65_HS1-834228961_62-HQ-83894_Section_4
Agency: FBI
Page 88
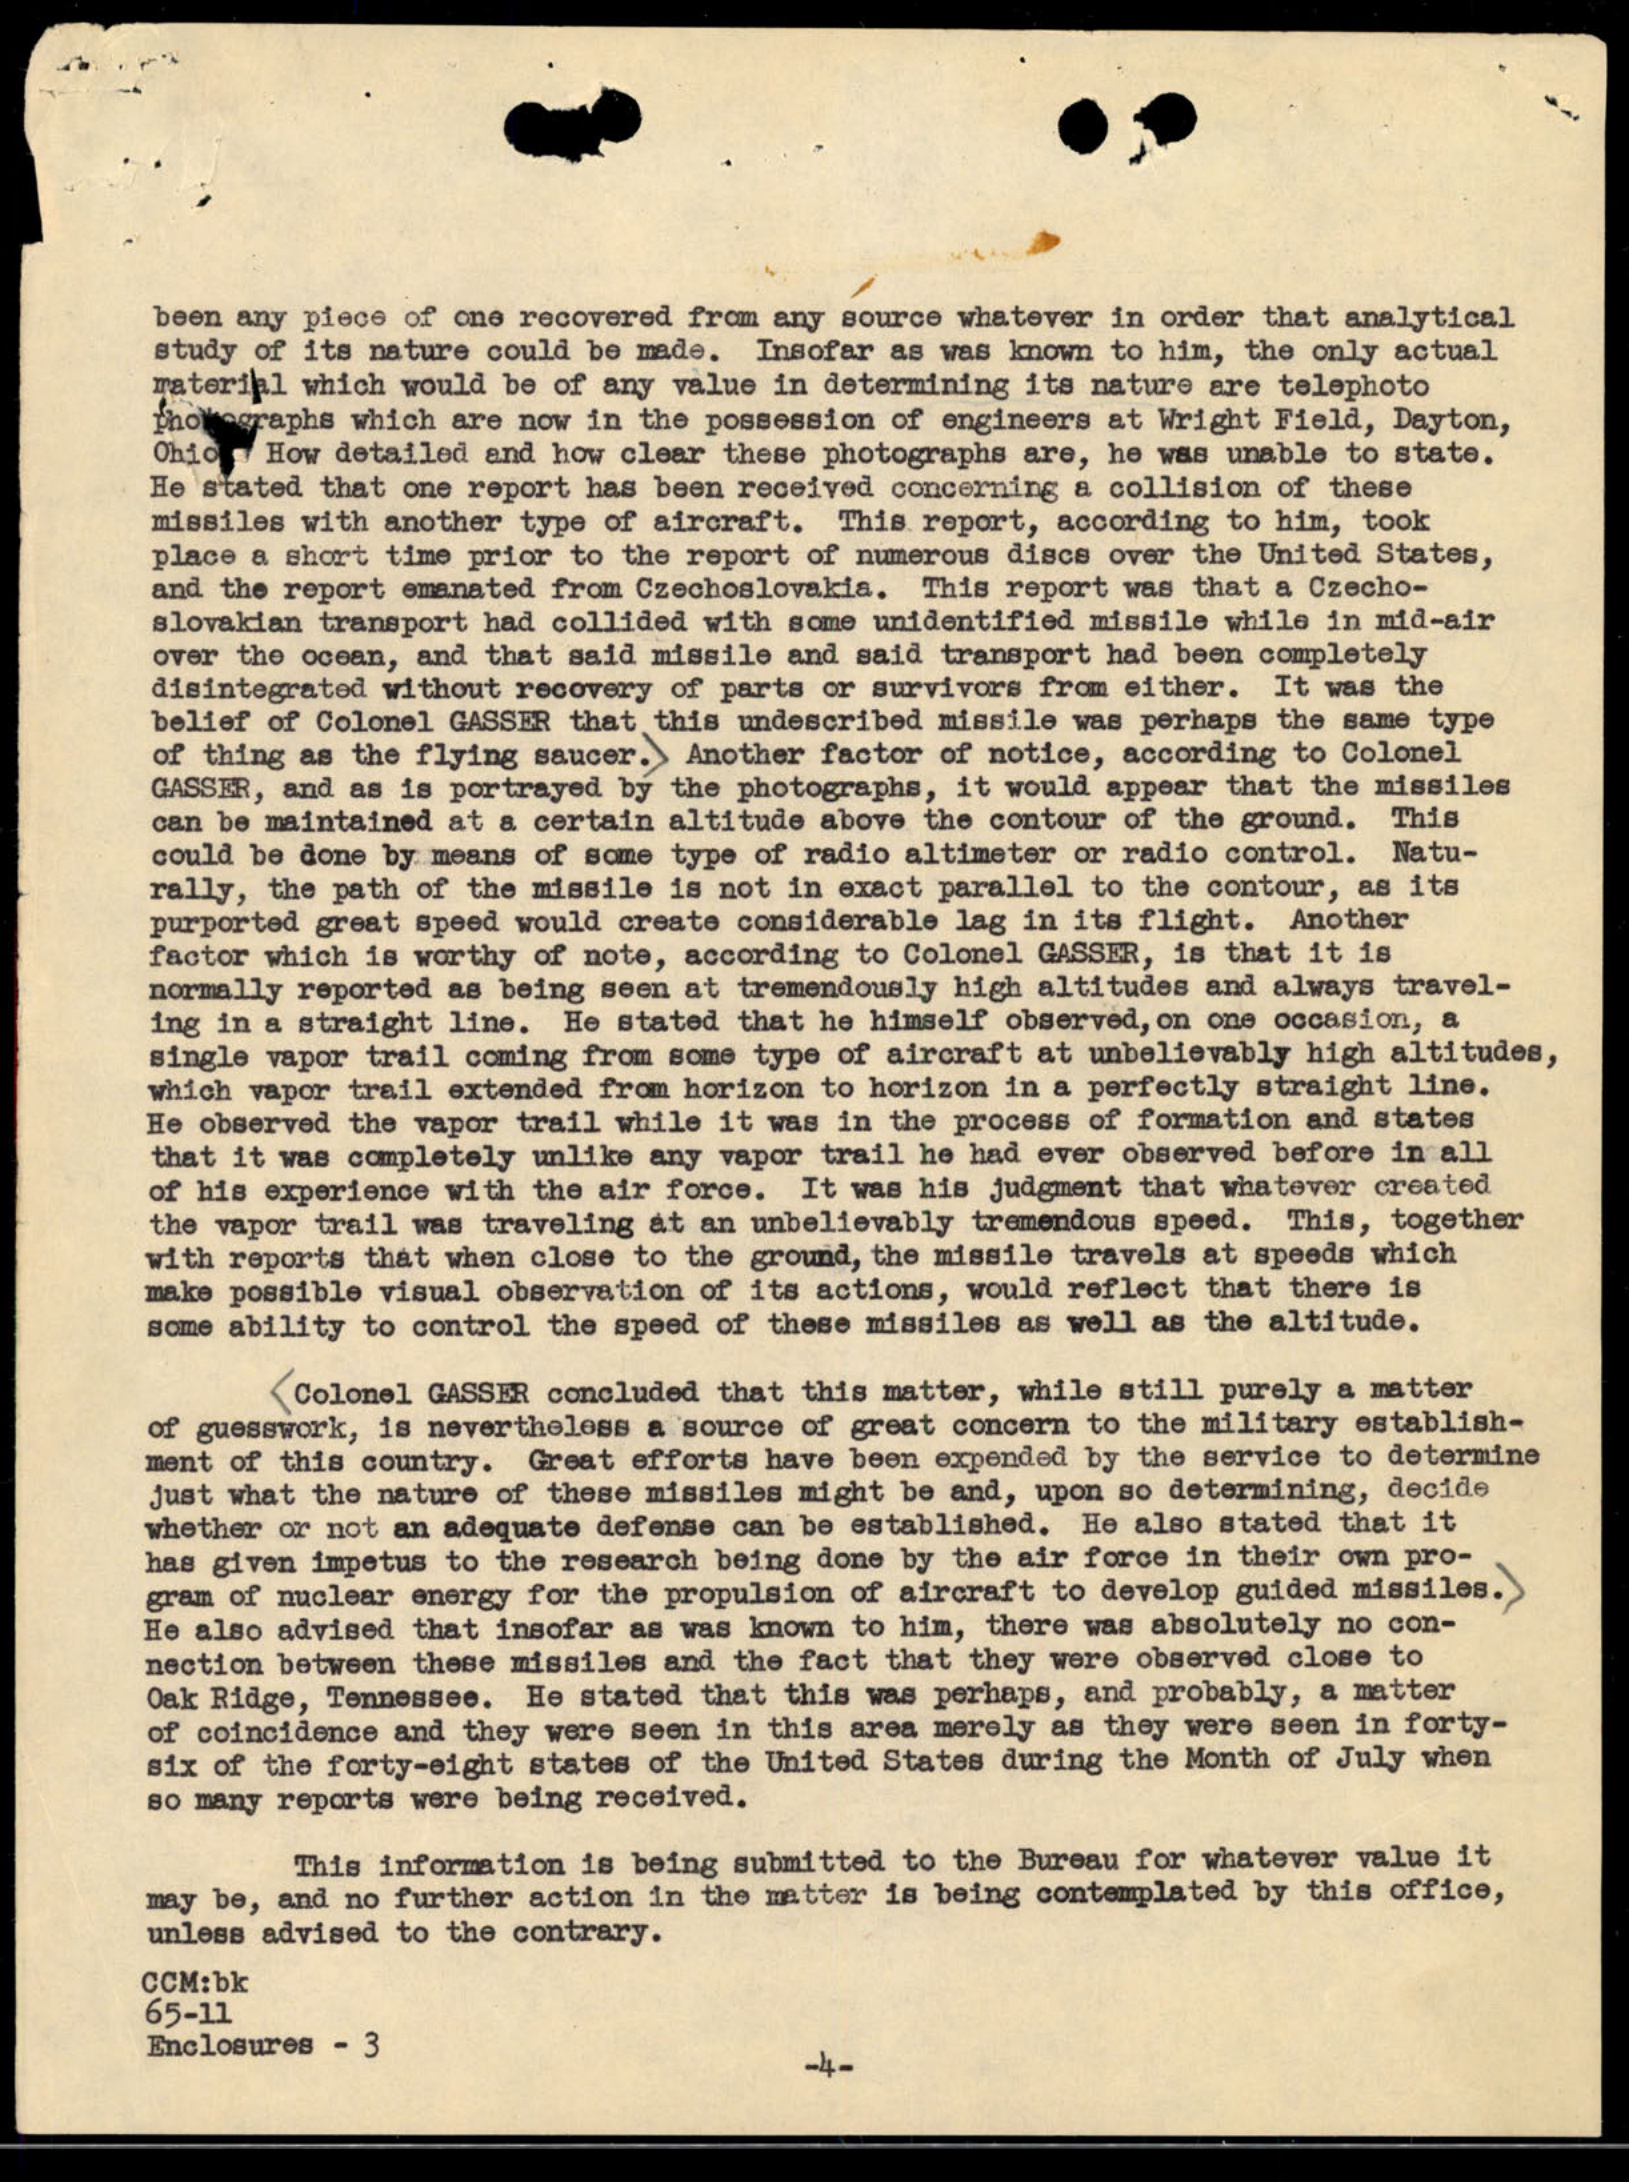